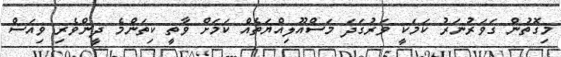
މިގޮތުން ގަވަރުނަރު ކަމަކީ ވަރުގަދަ މަސްއޫލިއްޔަތެއް ކަމަށް ވާތީ ކިތަންމެ ދީންވެރި ވިއަސް